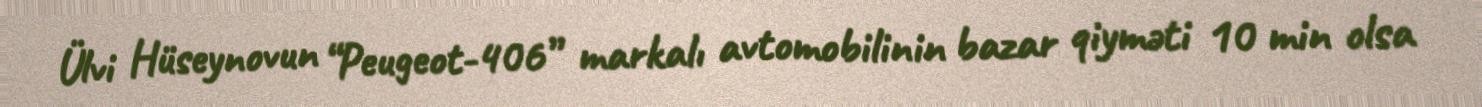
Ülvi Hüseynovun “Peugeot-406” markalı avtomobilinin bazar qiyməti 10 min olsa